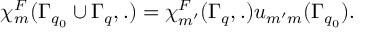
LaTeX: \chi _ { m } ^ { F } ( \Gamma _ { q _ { 0 } } \cup \Gamma _ { q } , . ) = \chi _ { m ^ { \prime } } ^ { F } ( \Gamma _ { q } , . ) u _ { m ^ { \prime } m } ( \Gamma _ { q _ { 0 } } ) .